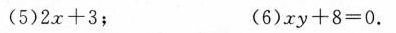
（5）2x+3; (6) xy+8=0.